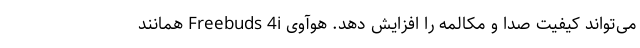
می‌تواند کیفیت صدا و مکالمه را افزایش دهد. هوآوی Freebuds 4i همانند